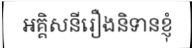
អគ្គិសនីរឿងនិទានខ្ញុំ